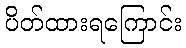
ပိတ်ထားရကြောင်း